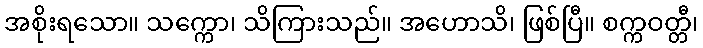
အစိုးရသော။ သက္ကော၊ သိကြားသည်။ အဟောသိ၊ ဖြစ်ပြီ။ စက္ကဝတ္တီ၊